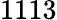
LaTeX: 1113